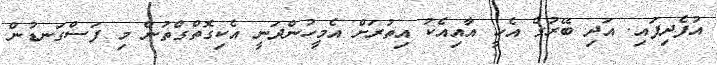
އުފެދިފައި. އަދި ބޭރުގެ އެހީ އާއިއެކު އިތުރަށް އެމީހުންދަނީ އެކިގޮތްގްތުން މި ފަސްގަނޑުން